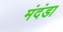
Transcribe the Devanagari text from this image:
मंदंडा